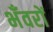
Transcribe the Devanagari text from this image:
भँवरों